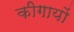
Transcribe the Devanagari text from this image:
कीगायों